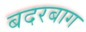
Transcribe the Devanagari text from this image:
बदरबाग